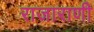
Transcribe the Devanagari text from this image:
राजाराणी